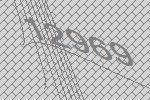
12969